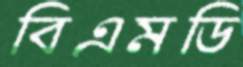
বিএমডি